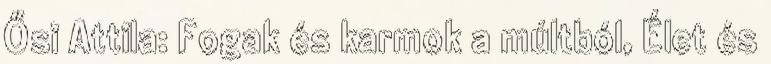
Ősi Attila: Fogak és karmok a múltból, Élet és